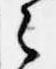
之